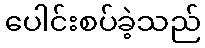
ပေါင်းစပ်ခဲ့သည်